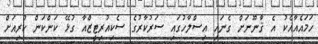
ހަމައެއާއެކު އެ ޤާނޫނަށް ގެނައި އިސްލާހުގައި ސަރުކާރުގެ ސެކިއުރިޓީޒްއާ ގުޅޭ ކަންކަން ކުރިއަށް